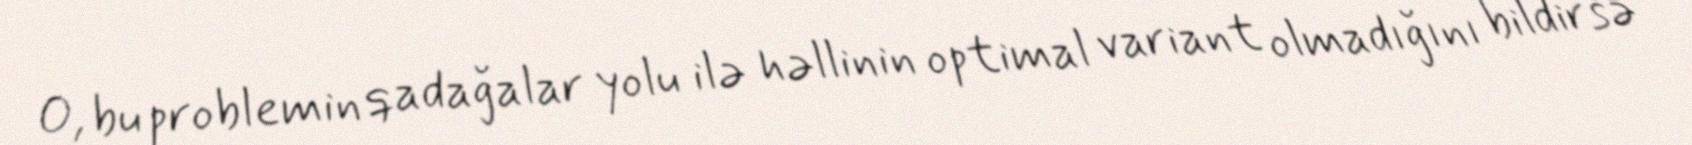
O, bu problemin qadağalar yolu ilə həllinin optimal variant olmadığını bildirsə